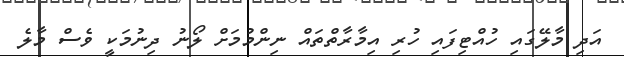
އަދި މާލޭގައި ހުއްޓިފައި ހުރި އިމާރާތްތައް ނިންމުމަށް ލޯނު ދިނުމަކީ ވެސް މާލެ